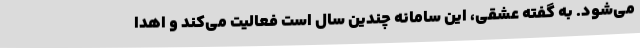
می‌شود. به گفته عشقی، این سامانه چندین سال است فعالیت می‌کند و اهدا